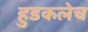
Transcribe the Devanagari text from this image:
हुडकलेच